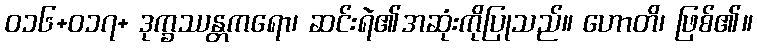
ဝ၁၆+၀၁၇+ ဒုက္ခဿန္တကရော၊ ဆင်းရဲ၏အဆုံးကိုပြုသည်။ ဟောတိ၊ ဖြစ်၏။